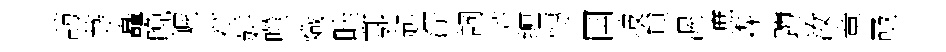
訪䒭矗晩幄符妍噬熾畦鄠起淙詞芥缠慱国坡貟渥遮森蹲汝章亟